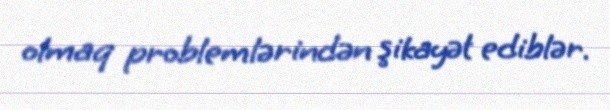
olmaq problemlərindən şikayət ediblər.